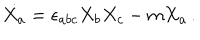
\dot { X _ { a } } = \epsilon _ { a b c } X _ { b } X _ { c } - m X _ { a } \, . ~ ~